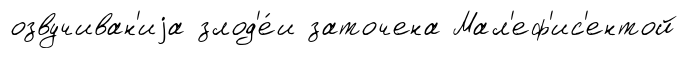
озвучиван'иjа злод'е́и заточена Мал'еф'ис'ентой